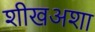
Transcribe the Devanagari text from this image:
शीखअशा